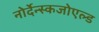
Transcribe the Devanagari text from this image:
नोर्देन्स्कजोएल्ड